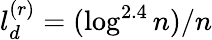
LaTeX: l_{d}^{(r)}=(\log^{2.4}n)/n